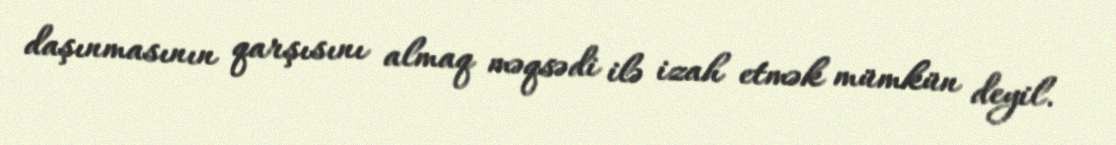
daşınmasının qarşısını almaq məqsədi ilə izah etmək mümkün deyil.